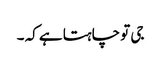
جی تو چاہتا ہے کہ ۔